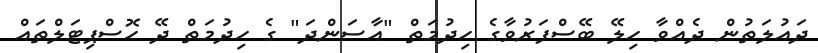
ދައުލަތުން ދެއްވާ ހިލޭ ބޭސްފަރުވާގެ ހިދުމަތް "އާސަންދަ" ގެ ހިދުމަތް ދޭ ހޮސްޕިޓަލްތައް